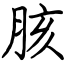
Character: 胲